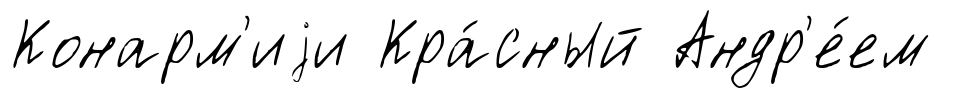
Конарм'иjи Кра́сный Андр'е́ем